Papers set at the Examination for Leaving Certificates, 1895
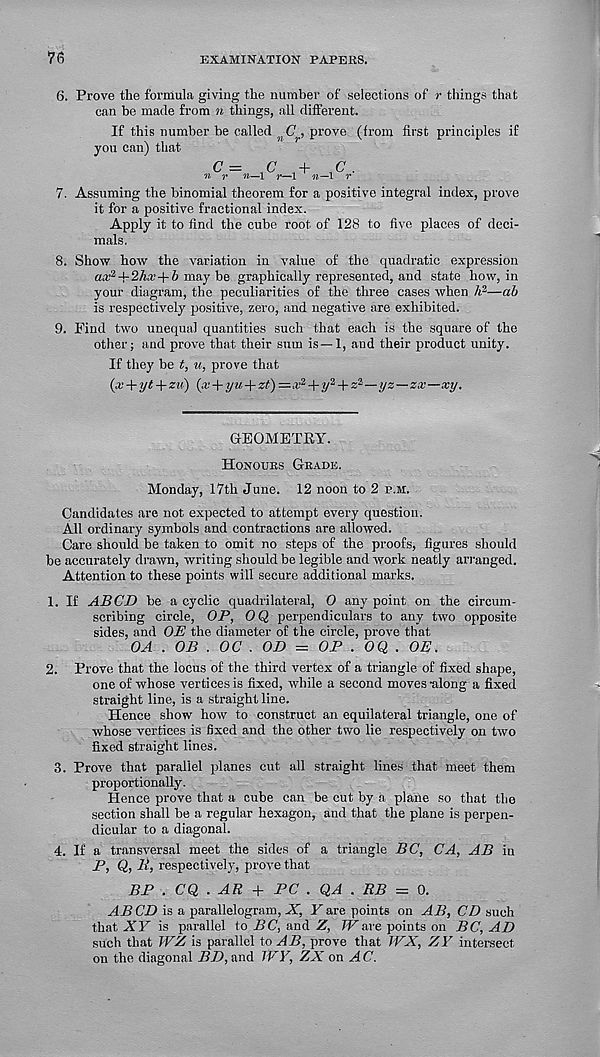
76
EXAMINATION PAPERS.
6. Prove the formula giving the number of selections of r things that
can be made from n things, all different.
If this number be called ^(7,, prove (from first principles if
you can) that
c = c +
c.
n r it—l r—1 n—l r
7. Assuming the binomial theorem for a positive integral index, prove
it for a positive fractional index.
Apply it to find the cube root of 128 to five places of deci-
mals,
8. Show how the variation in value of the quadratic expression
aa' 2 -(-2Aa;-)-6 may be graphically represented, and state how, in
your diagram, the peculiarities of the three cases when h 2 —ab
is respectively positive, zero, and negative are exhibited.
9. Find two unequal quantities such that each is the square of the
other; and prove that their sum is —1, and their product unity.
If they be t, u, prove that
(x + yt + zu) (x + yu + zi) — x 2 »/ 2 + z 2 —yz — zx—xy.
GEOMETRY.
Honours Grade.
Monday, 17th June. 12 noon to 2 p.m.
Candidates are not expected to attempt every question.
All ordinary symbols and contractions are allowed.
Care should be taken to omit no steps of the proofs, figures should
be accurately drawn, writing should be legible and work neatly arranged.
Attention to these points will secure additional marks.
1. If ABCD be a cyclic quadrilateral, 0 any point on the circum-
scribing circle, OP, OQ perpendiculars to any two opposite
sides, and OE the diameter of the circle, prove that
OA . OB . OC . OD = OP . OQ . OE.
2. Prove that the locus of the third vertex of a triangle of fixed shape,
one of whose vertices is fixed, while a second moves -along a fixed
straight line, is a straight line.
Hence show how to construct an equilateral triangle, one of
whose vertices is fixed and the other two lie respectively on two
fixed straight lines.
3. Prove that parallel planes cut all straight lines that meet them
proportionally.
Hence prove that a cube can be cut by a plane so that the
section shall be a regular hexagon, and that the plane is perpen-
dicular to a diagonal.
4. If a transversal meet the sides of a triangle BC, CA, AB in
P, Q, B, respectively, prove that
BP . CQ . AR + PC . QA . RB = 0.
ABCD is a parallelogram, X, Yare points on AB, CD such
that XY is parallel to BC, and Z, TV are points on BC, AD
such that WZ is parallel to AB, prove that TVX, ZY intersect
on the diagonal HZ), and JVV, ZX on AC.